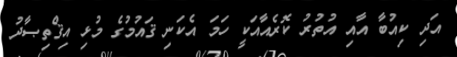
އަދި ކިއުބާ އާއި އުތުރު ކޮރެއާއަކީ ހަމަ އެކަނި ޤައުމުގެ މުޅި އިޤްތިޞާދު